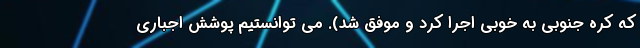
که کره جنوبی به خوبی اجرا کرد و موفق شد). می توانستیم پوشش اجباری